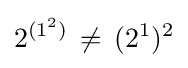
2^{(1^{2})}\,\neq \,(2^{1})^{2}